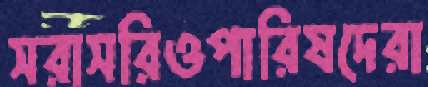
সরাসরিওপারিষদেরা